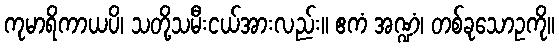
ကုမာရိကာယပိ၊ သတို့သမီးငယ်အားလည်း။ ဧကံ အဏ္ဍံ၊ တစ်ခုသောဥကို။